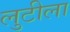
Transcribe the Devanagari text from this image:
लुटीला